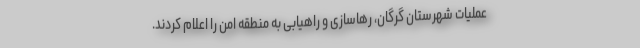
عملیات شهرستان گرگان، رهاسازی و راهیابی به منطقه امن را اعلام کردند.